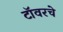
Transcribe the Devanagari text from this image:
टॉवरचे